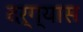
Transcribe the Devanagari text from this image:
दर्ग्यास